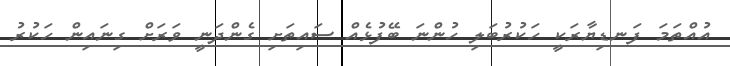
އުއްތަމަ ފަނޑިޔާރަކީ ހަކުރުބަލި ހުންނަ ބޭފުޅެއް ސައިތަށި ގެންދަނީ ވަރަށް ގިނައިން ހަކުރު